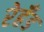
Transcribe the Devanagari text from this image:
रेहँड